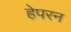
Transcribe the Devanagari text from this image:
हेपरन